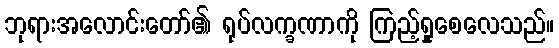
ဘုရားအလောင်းတော်၏ ရုပ်လက္ခဏာကို ကြည့်ရှုစေလေသည်။